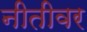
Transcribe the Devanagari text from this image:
नीतीवर